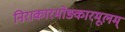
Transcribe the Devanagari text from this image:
निराकारमोङ्कारमूलम्